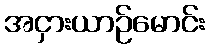
အငှားယာဉ်မောင်း